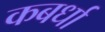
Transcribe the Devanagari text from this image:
कबर्धा